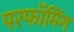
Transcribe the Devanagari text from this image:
परफॉमिंग